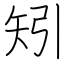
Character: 矧